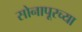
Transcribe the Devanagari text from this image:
सोनापूरच्या